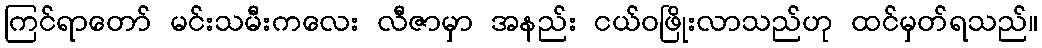
ကြင်ရာတော် မင်းသမီးကလေး လီဇာမှာ အနည်း ငယ်ဝဖြိုးလာသည်ဟု ထင်မှတ်ရသည်။